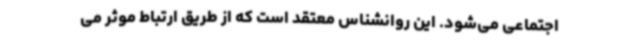
اجتماعی می‌شود. این روانشناس معتقد است که از طریق ارتباط موثر می‌